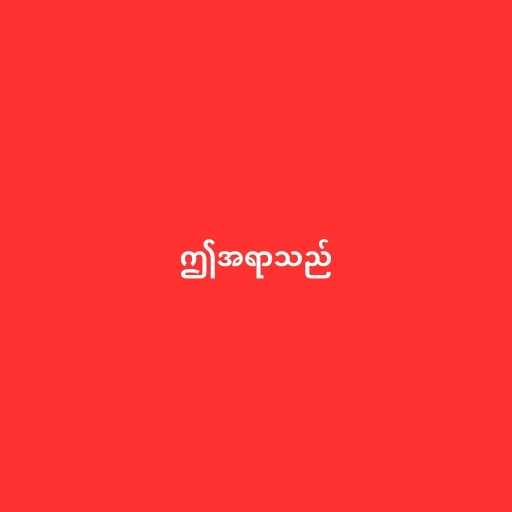
ဤအရာသည်